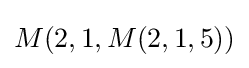
M(2,1,M(2,1,5))